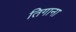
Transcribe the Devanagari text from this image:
तिगाना